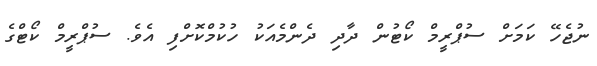
ނުޖެހޭ ކަމަށް ސުޕްރީމް ކޯޓުން ދާދި ދެންމެއަކު ހުކުމްކޮށްފިި އެވެ. ސުޕްރީމް ކޯޓްގެ